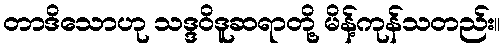
တာဒိသောဟု သဒ္ဒဝိဒူဆရာတို့ မိန့်ကုန်သတည်း။